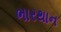
ભારથાન